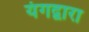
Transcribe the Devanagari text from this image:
यंगद्वारा